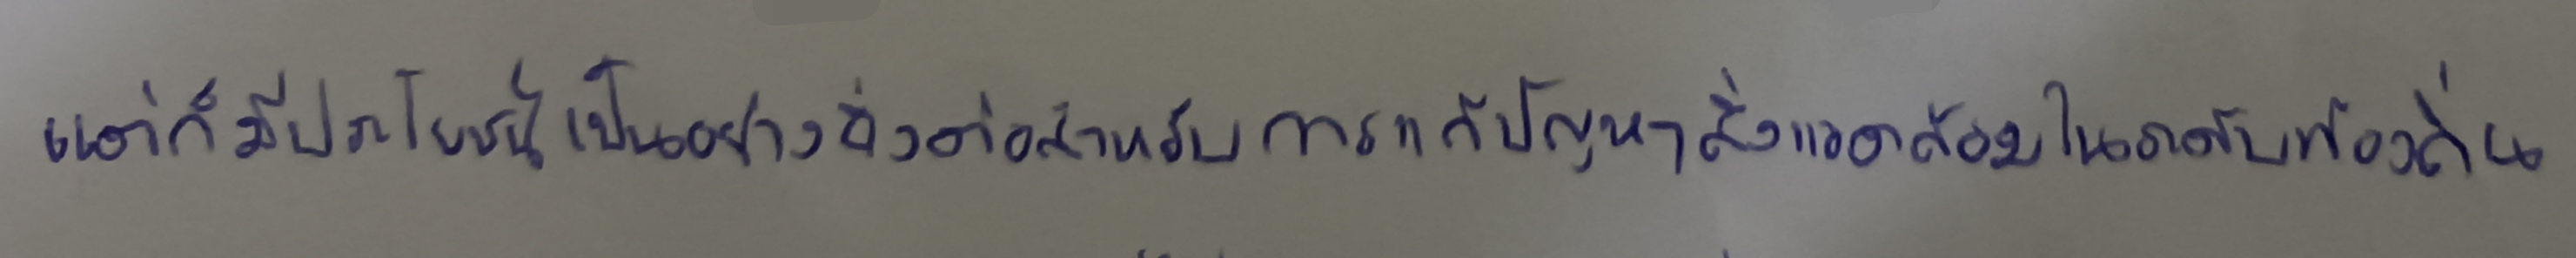
แต่ก็มีประโยชน์เป็นอย่างยิ่งต่อสำหรับการแก้ปัญหาสิ่งแวดล้อมในระดับท้องถิ่น